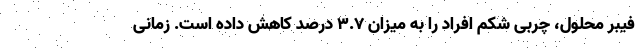
فیبر محلول، چربی شکم افراد را به میزان 3.7 درصد کاهش داده است. زمانی